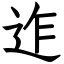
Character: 迮